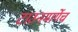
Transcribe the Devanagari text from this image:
टाउनमार्गेच